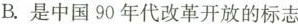
B.是中国90年代改革开放的标志